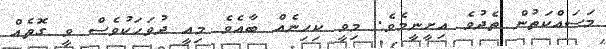
މަސައްކަތުން ތެދުވެ އިށީނީމެވެ. މިވީ ކިހިނެއް ބާއެވެ މިއީ ދުވަހަކުވެސް ވީ ގޮތެއް